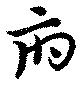
府